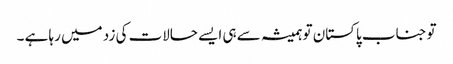
توجناب پاکستان تو ہمیشہ سے ہی ایسے حالات کی زد میں رہا ہے ۔